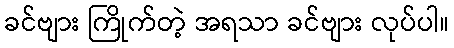
ခင်ဗျား ကြိုက်တဲ့ အရသာ ခင်ဗျား လုပ်ပါ။